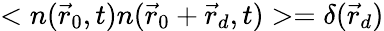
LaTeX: <n(\vec{r}_{0},t)n(\vec{r}_{0}+\vec{r}_{d},t)>=\delta(\vec{r}_{d})